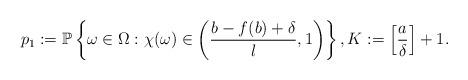
LaTeX: \begin{align*}p_1:=\mathbb P\left\{\omega\in \Omega: \chi(\omega)\in \left(\frac{b-f(b)+\delta}{l}, 1\right)\right\}, K:=\left[ \frac a\delta\right]+1.\end{align*}